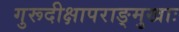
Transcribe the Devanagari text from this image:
गुरूदीक्षापराङ्मुखाः